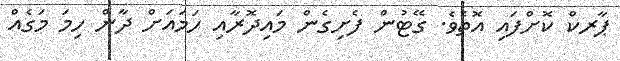
ޕާރކް ކޮށްފައި އޮތެވެ. ގޭޓުން ފެށިގެން މައިދޮރާއި ހަމައަށް ދާން ހިމަ މަގެއް